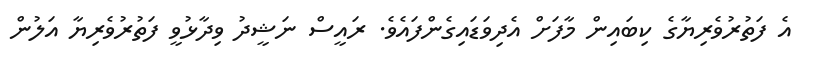
އެ ފަތުރުވެރިޔާގެ ކިބައިން މާފަށް އެދިވަޑައިގެންފައެވެ. ރައީސް ނަޝީދު ވިދާޅުވީ ފަތުރުވެރިޔާ އަލުން